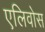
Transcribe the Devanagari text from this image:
एलिवोस